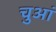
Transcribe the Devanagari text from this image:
चुआं